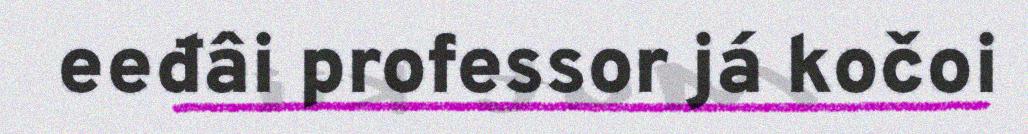
eeđâi professor já kočoi